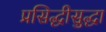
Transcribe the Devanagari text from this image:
प्रसिद्धीसुद्धा